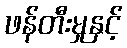
ဖန်တီးမှုနှင့်